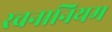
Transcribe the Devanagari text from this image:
रचनानियम